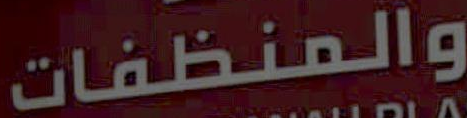
والمنظفات